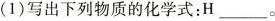
(1)写出下列物质的化学式：H ___。